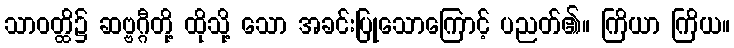
သာဝတ္ထိ၌ ဆဗ္ဗဂ္ဂီတို့ ထိုသို့ သော အခင်းပြုသောကြောင့် ပညတ်၏။ ကြိယာ ကြိယ။